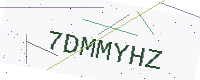
Text: 7DMMYHZ